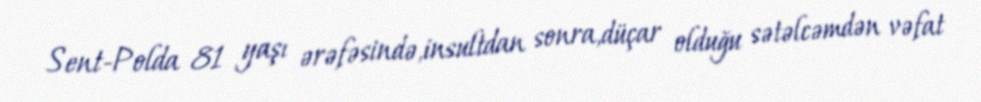
Sent-Polda 81 yaşı ərəfəsində,insultdan sonra,düçar olduğu sətəlcəmdən vəfat